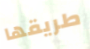
طريقها